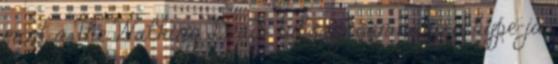
mint a The Walking Dead: túlságosan nagy a hype-ja,